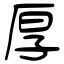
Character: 厚